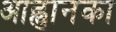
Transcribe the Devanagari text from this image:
आह्वानका